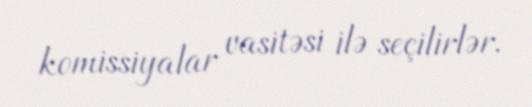
komissiyalar vasitəsi ilə seçilirlər.